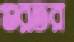
গুরতর